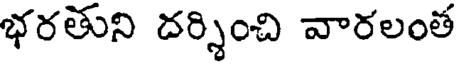
భరతుని దర్శించి వారలంత